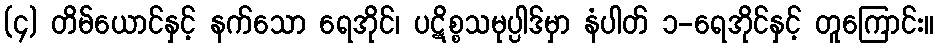
(၄) တိမ်ယောင်နှင့် နက်သော ရေအိုင်၊ ပဋိစ္စသမုပ္ပါဒ်မှာ နံပါတ် ၁-ရေအိုင်နှင့် တူကြောင်း။